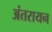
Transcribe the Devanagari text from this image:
अंतरायन